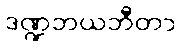
ဒဏ္ဍဘယဘီတာ